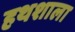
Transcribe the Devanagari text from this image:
हथशाला